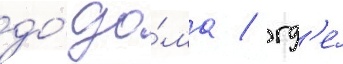
до́ до́ма / гд'е́